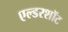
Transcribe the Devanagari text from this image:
एल्डरशॉट